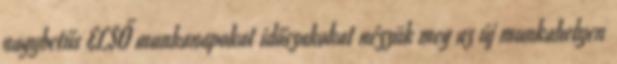
nagybetűs ELSŐ munkanapokat időszakokat nézzük meg az új munkahelyen